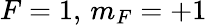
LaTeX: F=1,\, m_{F}=+1